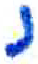
אות: נ